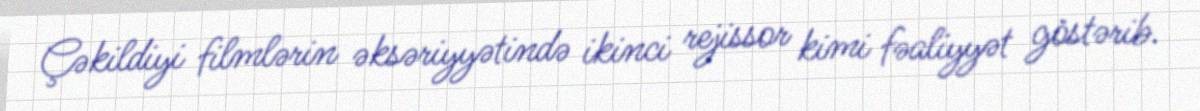
Çəkildiyi filmlərin əksəriyyətində ikinci rejissor kimi fəaliyyət göstərib.